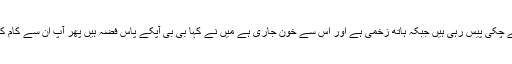
سلمان فارسی کہتے ہیں ایک دن میں نے دیکھا کہ بی بی دوعالم بچوں کو سنبھالے چکی پیس رہی ہیں جبکہ ہاتھ زخمی ہے اور اس سے خون جاری ہے میں نے کہا بی بی آپکے پاس فضہ ہیں پھر آپ ان سے کام کیوں نہیں لیتیں جواب دیا فضہ کی باری کل تھی جو گزر گئی آج میری باری ہے۔